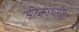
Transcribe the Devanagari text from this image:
अविनयपूर्ण